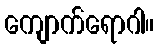
ကျောက်ရောဂါ။